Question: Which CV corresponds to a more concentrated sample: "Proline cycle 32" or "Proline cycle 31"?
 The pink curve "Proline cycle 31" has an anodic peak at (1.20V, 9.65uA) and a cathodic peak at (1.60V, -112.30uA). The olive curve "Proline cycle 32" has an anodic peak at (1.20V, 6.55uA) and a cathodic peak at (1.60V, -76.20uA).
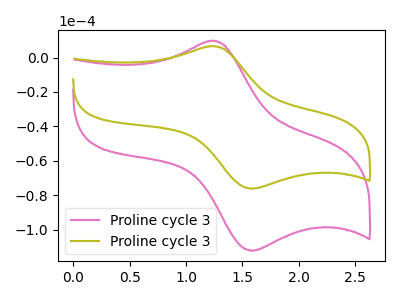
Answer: <think>All the peaks in "Proline cycle 32" have a peak in "Proline cycle 31" at the same potential. Every peak in "Proline cycle 32" is lower than every peak in "Proline cycle 31".
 </think>
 <answer>"Proline cycle 32" has less signal than "Proline cycle 31" and so likely has a lower concentration.</answer>
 <eval>less_concentration</eval>